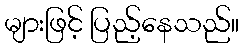
များဖြင့် ပြည့်နေသည်။